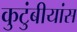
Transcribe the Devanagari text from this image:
कुटुंबीयांस